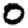
Digit: 0